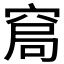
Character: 𱷂